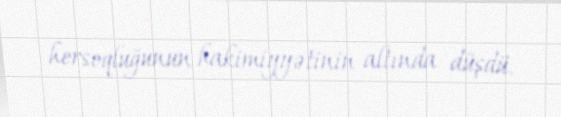
hersoqluğunun hakimiyyətinin altında düşdü.